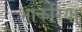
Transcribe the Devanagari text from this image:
भाकरिया